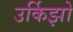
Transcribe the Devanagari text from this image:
उर्किझो